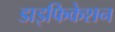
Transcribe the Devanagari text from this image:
डाइफिकेशन